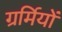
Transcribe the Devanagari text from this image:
ग्रर्मियों